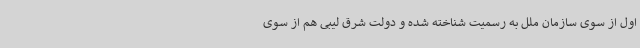
اول از سوی سازمان ملل به رسمیت شناخته شده و دولت شرق لیبی هم از سوی